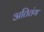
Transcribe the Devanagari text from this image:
अतितंग